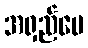
အရှည်ပေ